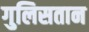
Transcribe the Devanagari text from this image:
गुलिसतान